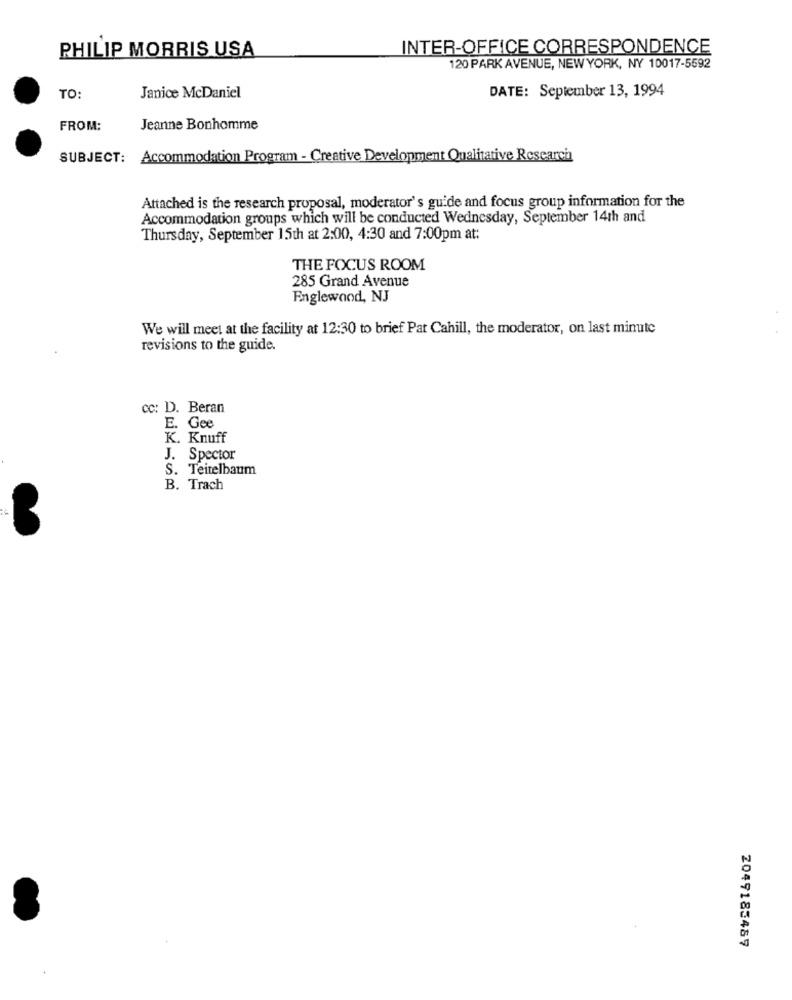
INTER-OFFICE CORRESPONDENCE
PHILIP MORRIS USA
120 PARK AVENUE, NEW YORK, NY 10017-5592
DATE: September 13, 1994
TO:
Janice McDaniel
FROM:
Jeanne Bonhomme
SUBJECT: Accommodation Program - Creative Development Qualitative Research
Attached is the research proposal, moderator's guide and focus group information for the
Accommodation groups which will be conducted Wednesday, September 14th and
Thursday, September 15th at 2:00, 4:30 and 7:00pm at:
THE FOCUS ROOM
285 Grand Avenue
Englewood, NJ
We will meet at the facility at 12:30 to brief Pat Cahill, the moderator, on last minute
revisions to the guide.
cc: D. Beran
E. Gee
K. Knuff
J. Spector
S. Teitelbaum
B. Trach
2049185487